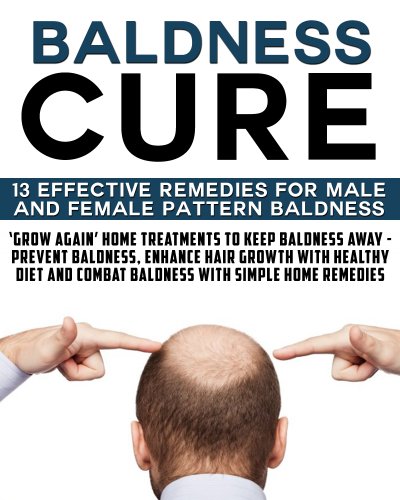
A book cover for Baldness Cure:'Grow Again' Home Treatments to Keep Baldness Away - Prevent baldness, enhance hair growth with healthy diet and combat baldness with simple home remedies; Mercy Joycelyn; Health, Fitness & Dieting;